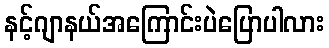
နင့်ဂျာနယ်အကြောင်းပဲပြောပါလား